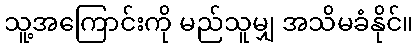
သူ့အကြောင်းကို မည်သူမျှ အသိမခံနိုင်။